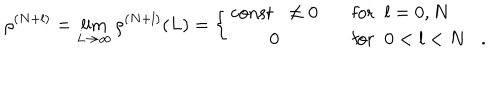
LaTeX: \rho ^ { ( N + l ) } = \lim _ { L \rightarrow \infty } \rho ^ { ( N + l ) } ( L ) = \left\{ \begin{array} { c l } { { \mathrm { c o n s t } \; \; \neq 0 } } & { { \mathrm { f o r } \; \; l = 0 , N } } \\ { { 0 } } & { { \mathrm { f o r } \; \; 0 < l < N . } } \\ \end{array} \right.